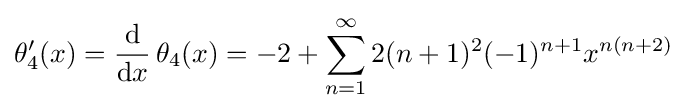
\theta _{4}'(x)={\frac {\mathrm {d} }{\mathrm {d} x}}\,\theta _{4}(x)=-2+\sum _{n=1}^{\infty }2(n+1)^{2}(-1)^{n+1}x^{n(n+2)}